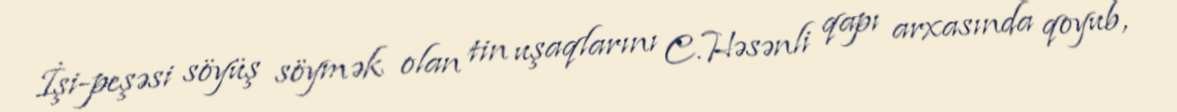
İşi-peşəsi söyüş söymək olan tin uşaqlarını C.Həsənli qapı arxasında qoyub,